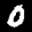
Label: 0